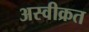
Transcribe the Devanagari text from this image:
अस्वीक्रत